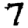
Digit: 7